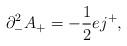
LaTeX: \begin{align*}{\partial}_{-}^2 A_{+} = - \frac{1}{2} e j^{+},\end{align*}